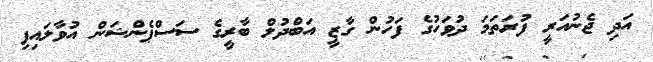
އަދި ޖެނުއަރީ ފުރަތަމަ ދުވަހުގެ ފަހުން ގާޒީ އަބްދުލް ބާރީގެ ސަސްޕެންޝަން އުވާލައިފި